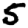
Digit: 5